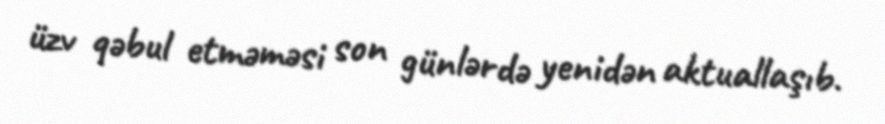
üzv qəbul etməməsi son günlərdə yenidən aktuallaşıb.